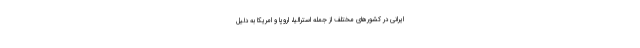
ایرانی در کشورهای مختلف از جمله استرالیا، اروپا و امریکا به دلیل